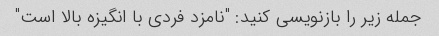
جمله زیر را بازنویسی کنید: "نامزد فردی با انگیزه بالا است"